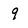
Character: 9